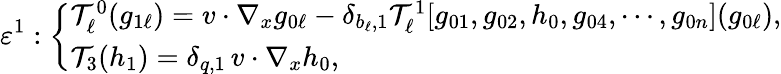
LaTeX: {\varepsilon}^{1}:\left\{ \begin{array}{l}{\mathcal T_{\ell}^{0}(g_{1\ell})=v\cdot\nabla_{x}g_{0\ell}-\delta_{b_{\ell},1}\mathcal T_{\ell}^{1}[g_{01},g_{02},h_{0},g_{04},\cdots,g_{0n}](g_{0\ell}),}\\ {\mathcal T_{3}(h_{1})=\delta_{q,1}\, v\cdot\nabla_{x}h_{0},}\end{array}\right.